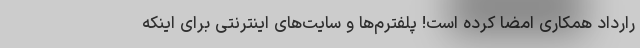
رارداد همکاری امضا کرده است! پلفترم‌ها و سایت‌های اینترنتی برای اینکه